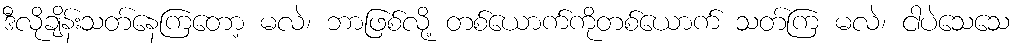
ဒီလိုချိန်းသတ်နေကြတော့ မလဲ၊ ဘာဖြစ်လို့ တစ်ယောက်ကိုတစ်ယောက် သတ်ကြ မလဲ၊ ငါပဲသေသေ